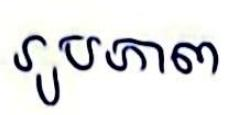
រូបភាព